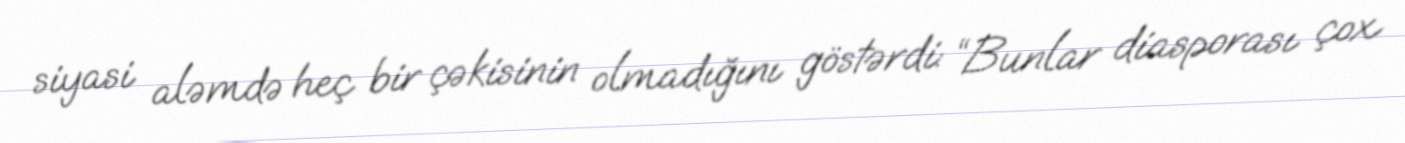
siyasi aləmdə heç bir çəkisinin olmadığını göstərdi: “Bunlar diasporası çox